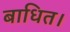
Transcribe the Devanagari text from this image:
बाधित।